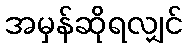
အမှန်ဆိုရလျှင်